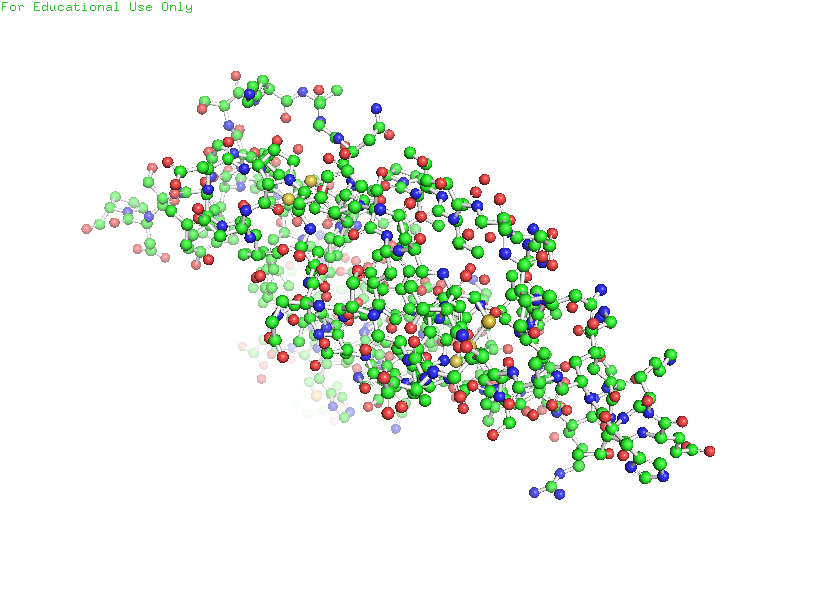
pymol, preset, ball_and_stick